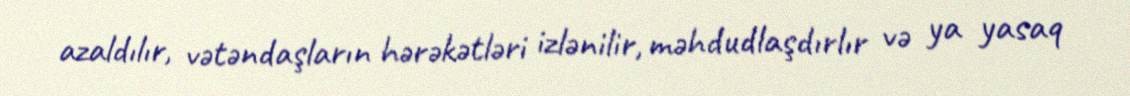
azaldılır, vətəndaşların hərəkətləri izlənilir, məhdudlaşdırlır və ya yasaq